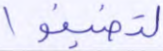
لتضيقوا